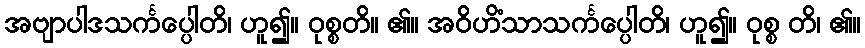
အဗျာပါဒသင်္ကပ္ပေါတိ၊ ဟူ၍။ ဝုစ္စတိ။ ၏။ အဝိဟိံသာသင်္ကပ္ပေါတိ၊ ဟူ၍။ ဝုစ္စ တိ၊ ၏။